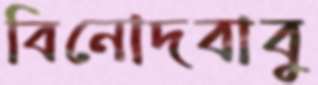
বিনোদবাবু